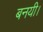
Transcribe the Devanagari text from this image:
बनयी।